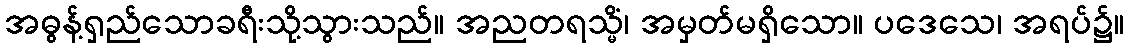
အဓွန့်ရှည်သောခရီးသို့သွားသည်။ အညတရသ္မိံ၊ အမှတ်မရှိသော။ ပဒေသေ၊ အရပ်၌။